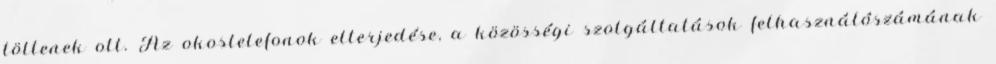
töltenek ott. Az okostelefonok elterjedése, a közösségi szolgáltatások felhasználószámának